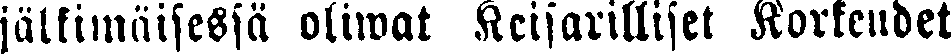
jälkimäisessä oliwat Keisarilliset Korkeudet